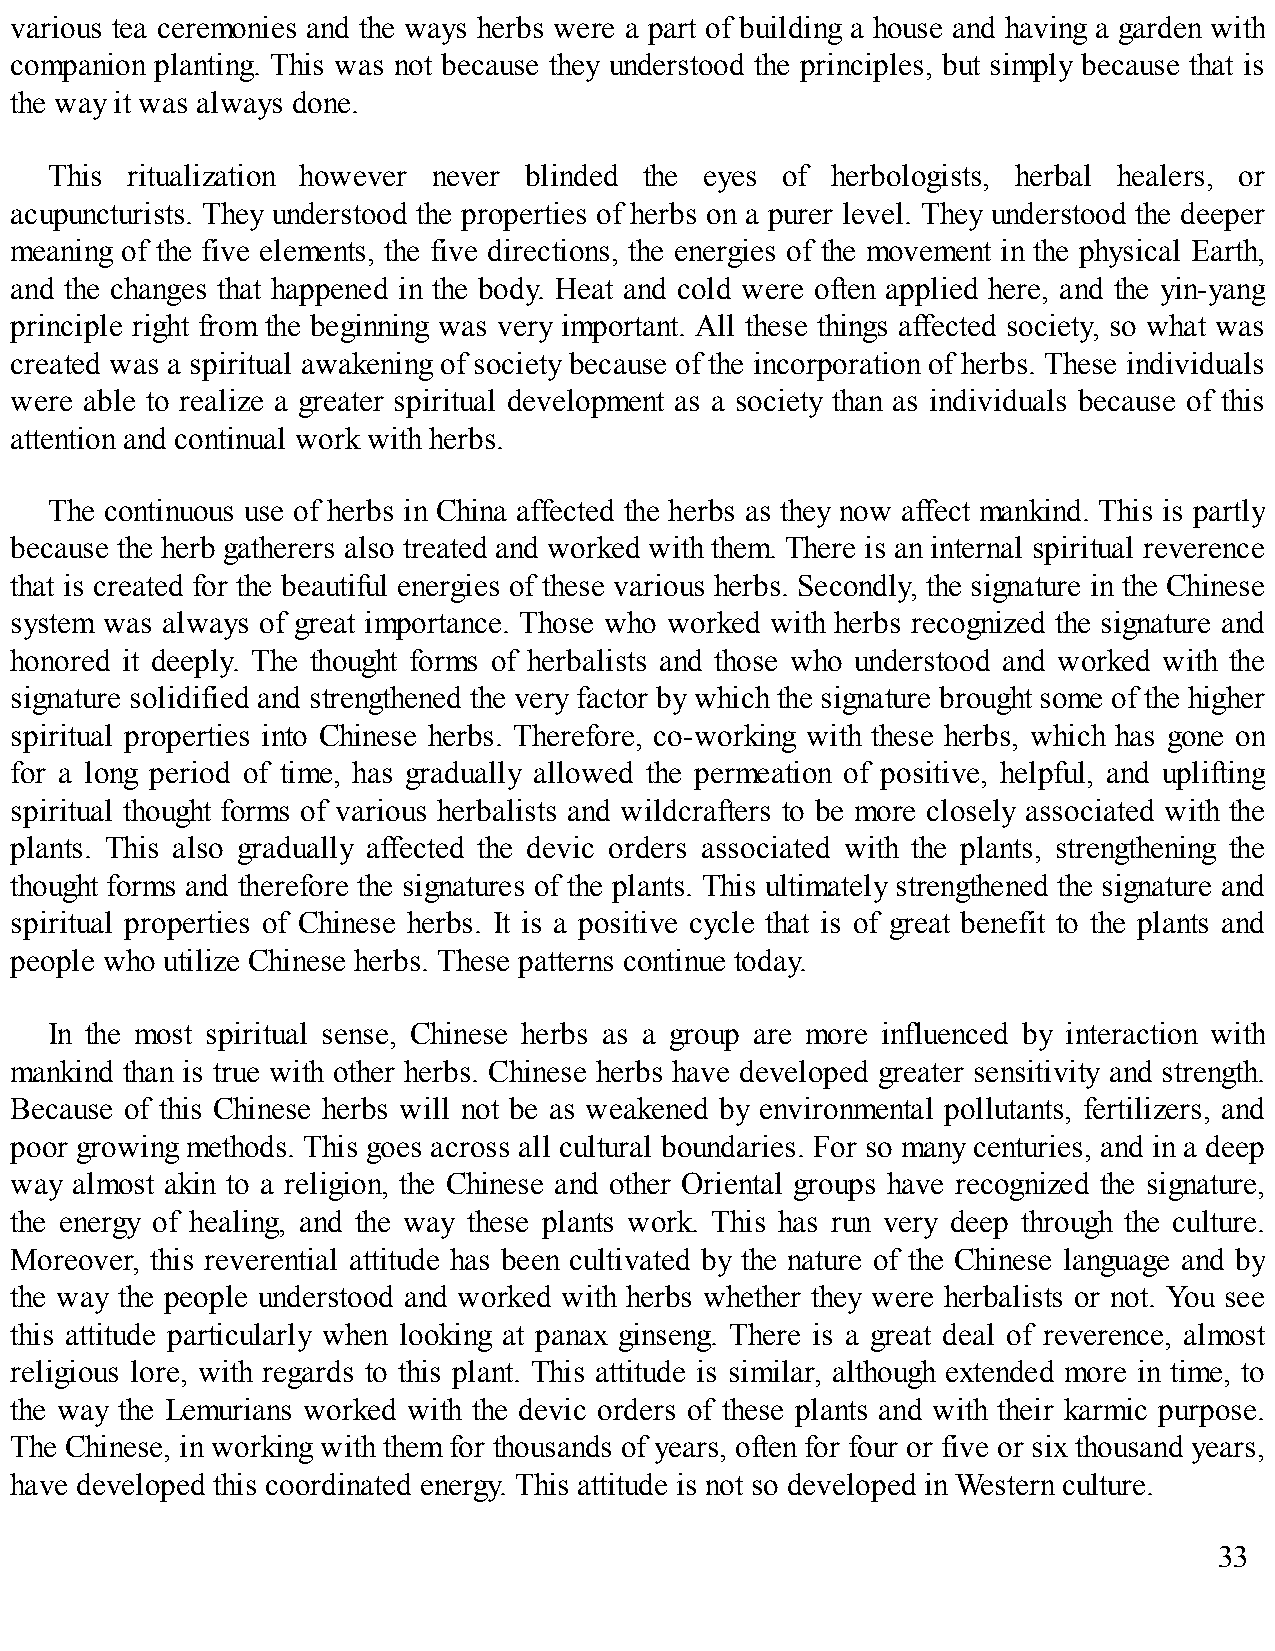
various tea ceremonies and the ways herbs were a part of building a house and having a garden with
 companion planting. This was not because they understood the principles, but simply because that is
 the way it was always done.
 This ritualization however never blinded the eyes of herbologists, herbal healers, or
 acupuncturists. They understood the properties of herbs on a purer level. They understood the deeper
 meaning of the five elements, the five directions, the energies of the movement in the physical Earth,
 and the changes that happened in the body. Heat and cold were often applied here, and the yin-yang
 principle right from the beginning was very important. All these things affected society, so what was
 created was a spiritual awakening of society because of the incorporation of herbs. These individuals
 were able to realize a greater spiritual development as a society than as individuals because of this
 attention and continual work with herbs.
 The continuous use of herbs in China affected the herbs as they now affect mankind. This is partly
 because the herb gatherers also treated and worked with them. There is an internal spiritual reverence
 that is created for the beautiful energies of these various herbs. Secondly, the signature in the Chinese
 system was always of great importance. Those who worked with herbs recognized the signature and
 honored it deeply. The thought forms of herbalists and those who understood and worked with the
 signature solidified and strengthened the very factor by which the signature brought some of the higher
 spiritual properties into Chinese herbs. Therefore, co-working with these herbs, which has gone on
 for a long period of time, has gradually allowed the permeation of positive, helpful, and uplifting
 spiritual thought forms of various herbalists and wildcrafters to be more closely associated with the
 plants. This also gradually affected the devic orders associated with the plants, strengthening the
 thought forms and therefore the signatures of the plants. This ultimately strengthened the signature and
 spiritual properties of Chinese herbs. It is a positive cycle that is of great benefit to the plants and
 people who utilize Chinese herbs. These patterns continue today.
 In the most spiritual sense, Chinese herbs as a group are more influenced by interaction with
 mankind than is true with other herbs. Chinese herbs have developed greater sensitivity and strength.
 Because of this Chinese herbs will not be as weakened by environmental pollutants, fertilizers, and
 poor growing methods. This goes across all cultural boundaries. For so many centuries, and in a deep
 way almost akin to a religion, the Chinese and other Oriental groups have recognized the signature,
 the energy of healing, and the way these plants work. This has run very deep through the culture.
 Moreover, this reverential attitude has been cultivated by the nature of the Chinese language and by
 the way the people understood and worked with herbs whether they were herbalists or not. You see
 this attitude particularly when looking at panax ginseng. There is a great deal of reverence, almost
 religious lore, with regards to this plant. This attitude is similar, although extended more in time, to
 the way the Lemurians worked with the devic orders of these plants and with their karmic purpose.
 The Chinese, in working with them for thousands of years, often for four or five or six thousand years,
 have developed this coordinated energy. This attitude is not so developed in Western culture.
 33